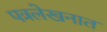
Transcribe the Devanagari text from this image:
पत्रलेखनात